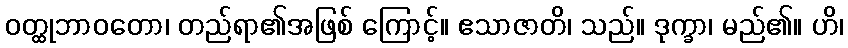
ဝတ္ထုဘာဝတော၊ တည်ရာ၏အဖြစ် ကြောင့်။ ဧသာဇာတိ၊ သည်။ ဒုက္ခာ၊ မည်၏။ ဟိ၊